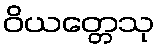
ဝိယတ္တေသု